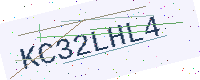
Text: KC32LHL4